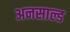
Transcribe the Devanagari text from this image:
अनसाल्ड